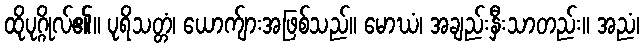
ထိုပုဂ္ဂိုလ်၏။ ပုရိသတ္တံ၊ ယောက်ျားအဖြစ်သည်။ မောဃံ၊ အချည်းနှီးသာတည်း။ အညံ၊